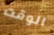
الوقت